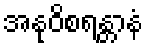
အနုဝိစရန္တာနံ